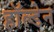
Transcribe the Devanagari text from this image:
हाॅल्डेन